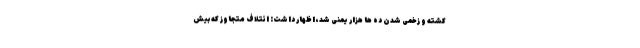
کشته و زخمی شدن ده ها هزار یمنی شد، اظهار داشت: ائتلاف متجاوز که بیش